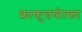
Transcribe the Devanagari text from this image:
फ्राफुत्तयोत्फा